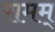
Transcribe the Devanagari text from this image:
रामम्